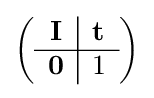
\left({\begin{array}{c|c}\mathbf {I} &\mathbf {t} \\\hline \mathbf {0} &1\end{array}}\right)